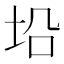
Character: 𪣈